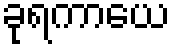
ခုရကာယေ